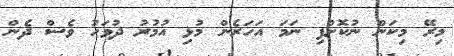
މިރޭ މިކަން ނުކޮށްފި ނަމަ އަހަރެން މުޅި އުމުރު ދުވަހު ވެސް ދެން